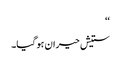
‘‘
ستیش حیران ہو گیا۔